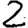
Digit: 2